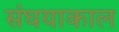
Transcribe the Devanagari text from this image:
संघयाकाल